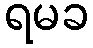
ရမခ